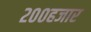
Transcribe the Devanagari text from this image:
२००हजार